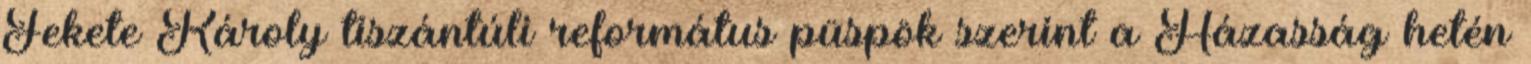
Fekete Károly tiszántúli református püspök szerint a Házasság hetén